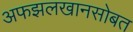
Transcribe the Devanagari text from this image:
अफझलखानसोबत